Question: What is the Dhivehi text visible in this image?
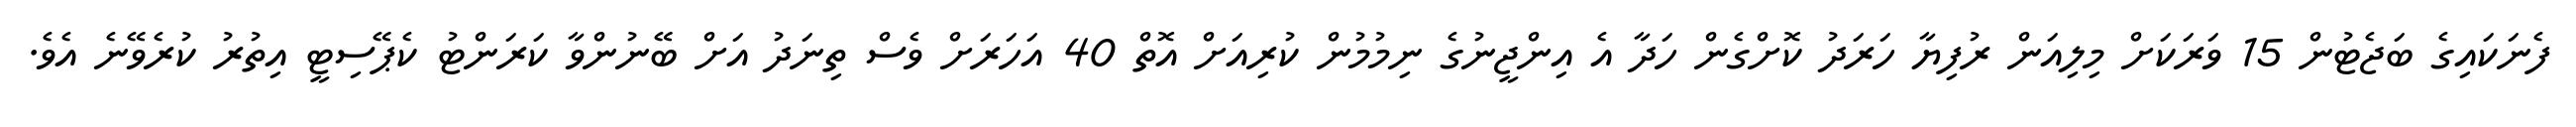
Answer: ފެނަކައިގެ ބަޖެޓުން 15 ވަރަކަށް މިލިއަން ރުފިޔާ ހަރަދު ކޮށްގެން ހަދާ އެ އިންޖީނުގެ ނިމުމުން ކުރިއަށް އޮތް 40 އަހަރަށް ވެސް ތިނަދު އަށް ބޭނުންވާ ކަރަންޓު ކެޕޭސިޓީ އިތުރު ކުރެވޭނެ އެވެ.